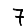
Digit: 7